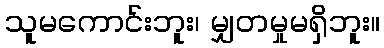
သူမကောင်းဘူး၊ မျှတမှုမရှိဘူး။